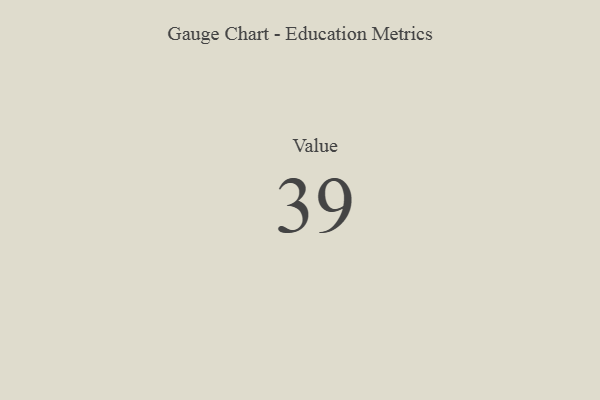
{"axis": {"x": "Metric", "y": "Value"}, "legend": [""], "data": [{"x": "Value", "y": 39, "type": ""}]}